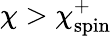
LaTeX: \chi>\chi_{\mathrm{spin}}^{+}